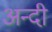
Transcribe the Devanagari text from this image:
अन्दी